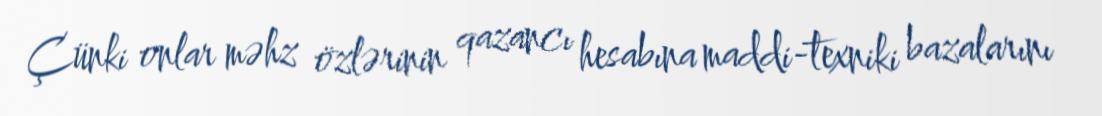
Çünki onlar məhz özlərinin qazancı hesabına maddi-texniki bazalarını